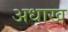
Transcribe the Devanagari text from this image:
अधाख